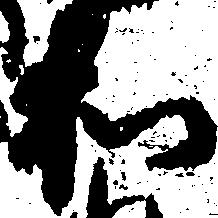
和